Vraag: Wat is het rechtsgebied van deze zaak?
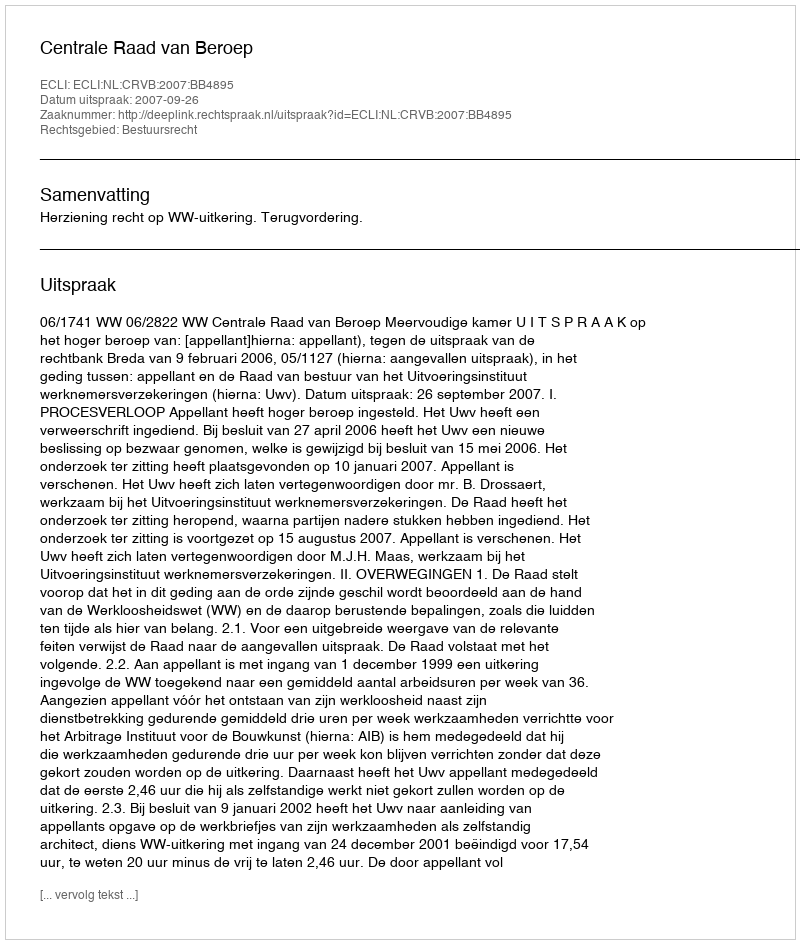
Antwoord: Bestuursrecht